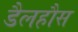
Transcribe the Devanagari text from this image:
डैलहौस